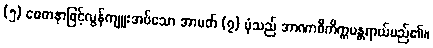
(၅) စေတနာဖြင့်လွန်ကျူးအပ်သော အာပတ် (၇) ပုံသည် အာဏာဝီကိက္ကမန္တရာယ်မည်၏။